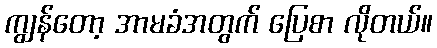
ကျွန်တော့ အာမခံအတွက် ပြေစာ လိုတယ်။